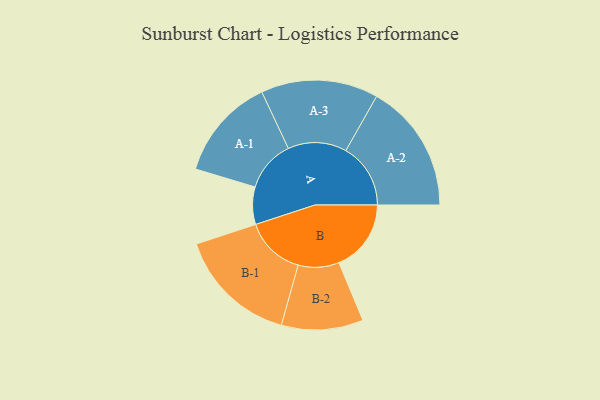
{"axis": {"x": "Segment", "y": "Value"}, "legend": ["", "A", "B"], "data": [{"x": "A", "y": 171, "type": ""}, {"x": "B", "y": 330, "type": ""}, {"x": "A-1", "y": 235, "type": "A"}, {"x": "A-2", "y": 296, "type": "A"}, {"x": "A-3", "y": 268, "type": "A"}, {"x": "B-1", "y": 275, "type": "B"}, {"x": "B-2", "y": 187, "type": "B"}]}